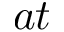
a t